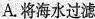
A.将海水过滤